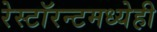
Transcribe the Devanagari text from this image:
रेस्टॉरन्टमध्येही